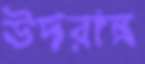
উদরান্ন